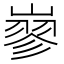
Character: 𡻪